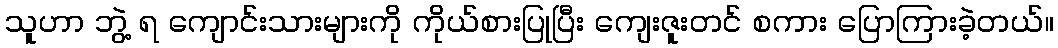
သူဟာ ဘွဲ့ ရ ကျောင်းသားများကို ကိုယ်စားပြုပြီး ကျေးဇူးတင် စကား ပြောကြားခဲ့တယ်။